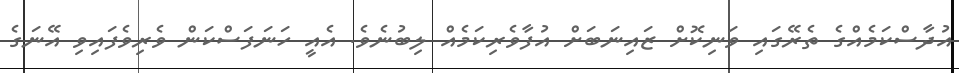
އުދާސްކަމެއްގެ ތެރޭގައި ވަނިކޮށް ޒައިނަބަށް އުފާވެރިކަމެއް ލިބުނެވެ. އެއީ ހަނަފަސްކަން ވެރިވެފައިވި އޭނަގެ